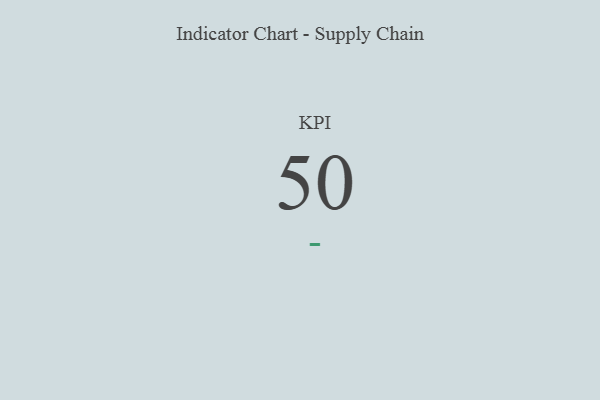
{"axis": {"x": "KPI", "y": "Value"}, "legend": [""], "data": [{"x": "KPI", "y": 50, "type": ""}]}